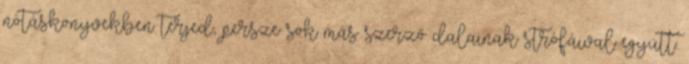
nótáskönyvekben terjed, persze sok más szerző dalainak strófáival együtt.